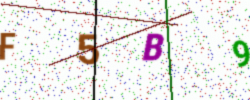
Text: F5B9